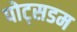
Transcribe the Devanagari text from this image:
पोट्सडम